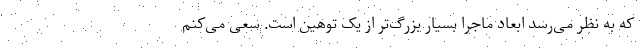
که به نظر می‌رسد ابعاد ماجرا بسیار بزرگ‌تر از یک توهین است. سعی می‌کنم